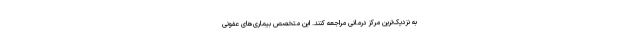
به نزدیک‌ترین مرکز درمانی مراجعه کنند. این متخصص بیماری‌های عفونی